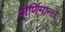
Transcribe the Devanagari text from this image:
पौर्णिमान्त्त